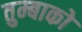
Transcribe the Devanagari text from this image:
तुम्बाको